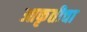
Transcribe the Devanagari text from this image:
आकृतीचा